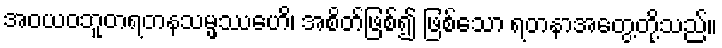
အဝယဝဘူတရတနသမ္ဖဿေဟိ၊ အစိတ်ဖြစ်၍ ဖြစ်သော ရတနာအတွေ့တို့သည်။